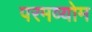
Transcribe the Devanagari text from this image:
परमव्योम